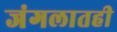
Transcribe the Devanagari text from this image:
जंगलातही